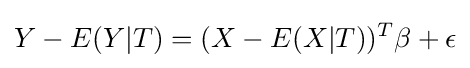
Y-E(Y|T)=({X-E(X|T)})^{T}\beta +\epsilon